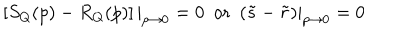
LaTeX: \left[ S _ { Q } ( p ) - R _ { Q } ( p ) \right] | _ { p \to 0 } = 0 \ \ \mathrm { o r } \ \ ( \tilde { s } - \tilde { r } ) | _ { p \to 0 } = 0